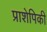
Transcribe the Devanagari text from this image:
प्राशेपिकी